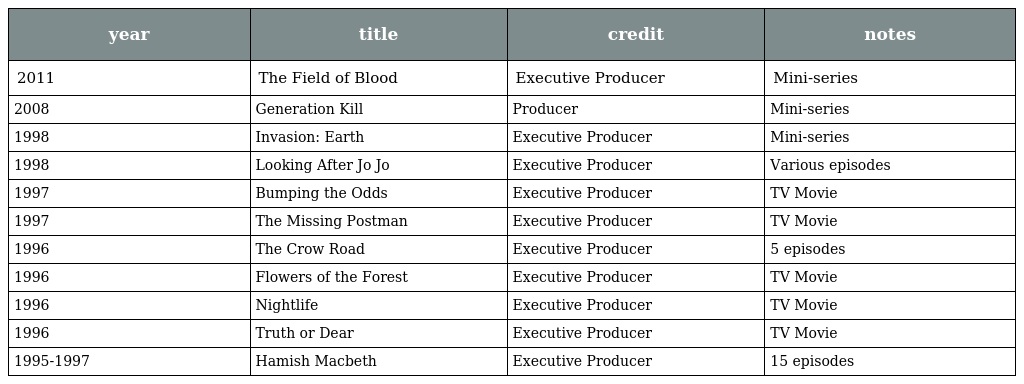
| year | title | credit | notes |
 | --- | --- | --- | --- |
 | 2011 | The Field of Blood | Executive Producer | Mini-series |
 | 2008 | Generation Kill | Producer | Mini-series |
 | 1998 | Invasion: Earth | Executive Producer | Mini-series |
 | 1998 | Looking After Jo Jo | Executive Producer | Various episodes |
 | 1997 | Bumping the Odds | Executive Producer | TV Movie |
 | 1997 | The Missing Postman | Executive Producer | TV Movie |
 | 1996 | The Crow Road | Executive Producer | 5 episodes |
 | 1996 | Flowers of the Forest | Executive Producer | TV Movie |
 | 1996 | Nightlife | Executive Producer | TV Movie |
 | 1996 | Truth or Dear | Executive Producer | TV Movie |
 | 1995-1997 | Hamish Macbeth | Executive Producer | 15 episodes |